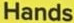
Hands